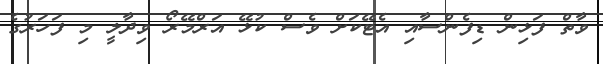
ވާތް ފަޅިން ޑިފެންސާއި އެޓޭކަށް ވެސް ކުޅޭ އަރްމޭރޯ ވިދާލީ މި ފަހަރުގެ